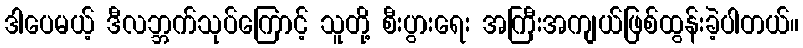
ဒါပေမယ့် ဒီလဘ္ဘက်သုပ်ကြောင့် သူတို့ စီးပွားရေး အကြီးအကျယ်ဖြစ်ထွန်းခဲ့ပါတယ်။